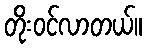
တိုးဝင်လာတယ်။